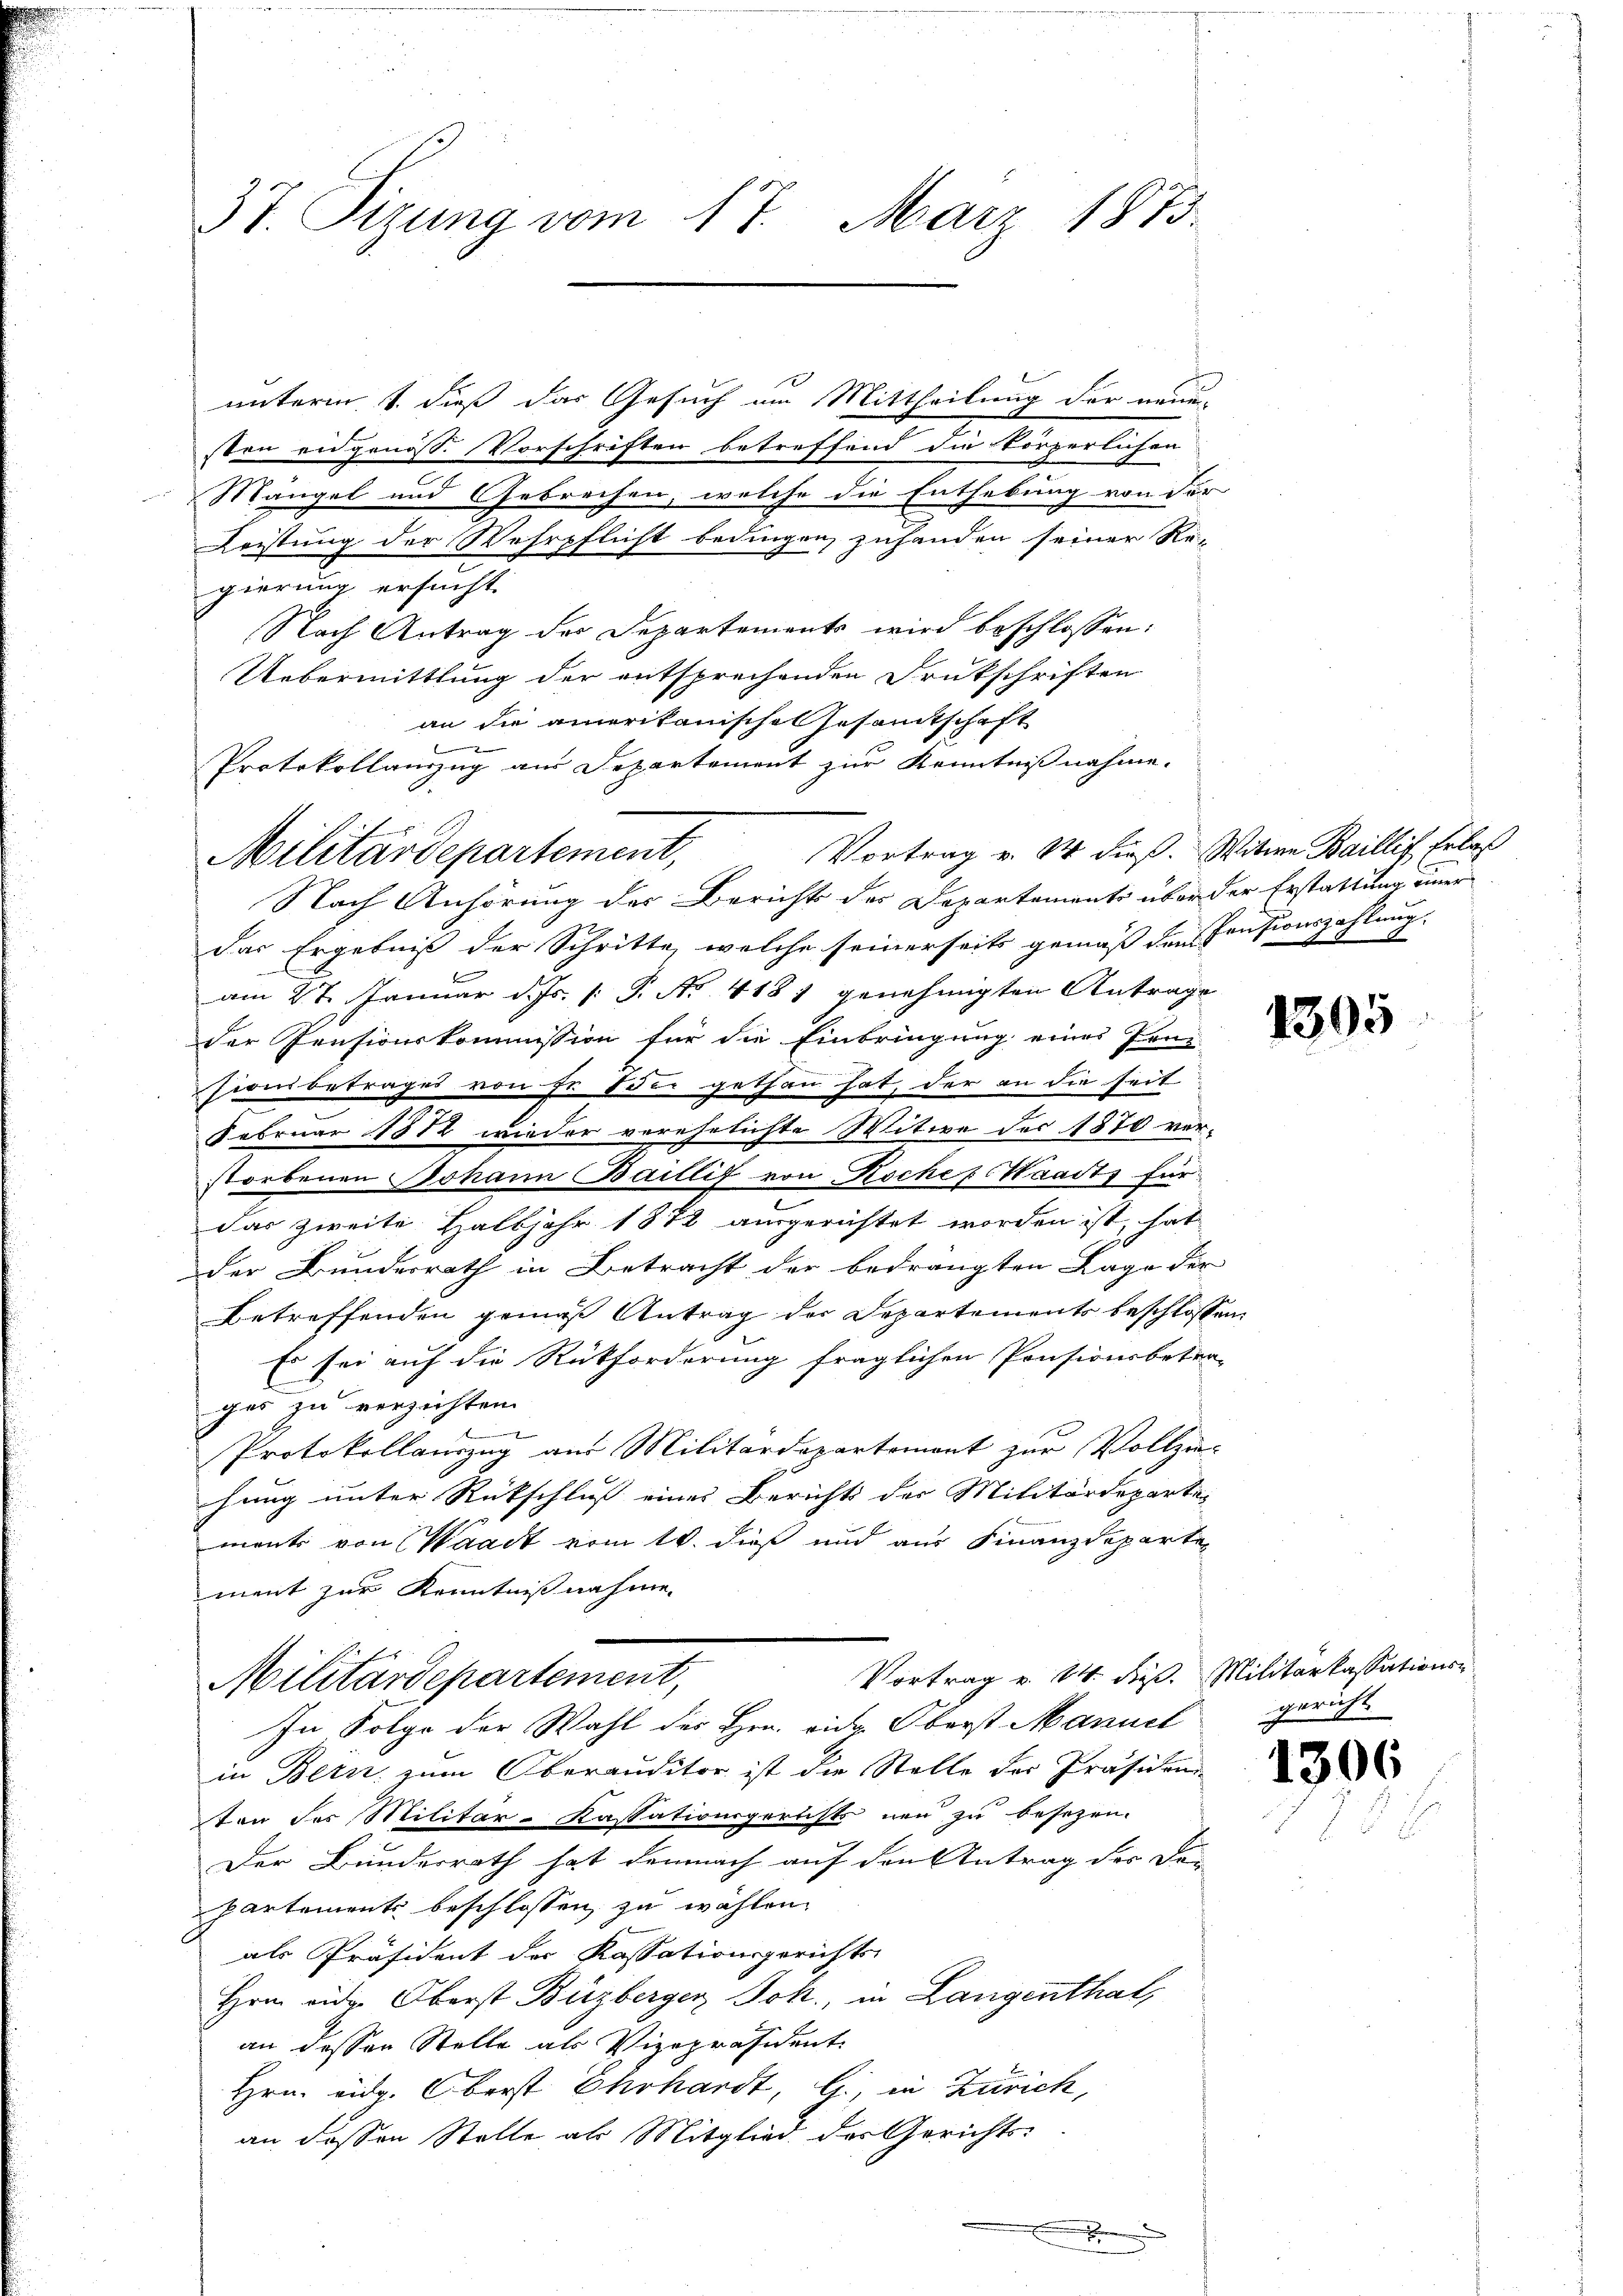
37. Sizung vom 17. März 1873.

Militärdepartement,

unterm 1. dieß das Gesuch am Mittheilung der neue-
sten eidgenoss. Vorschriften betreffend die körperlichen
Mängel und Gebrechen, welche die Enthebung von der
Leistung der Wehrpflicht bedingen, zuhanden seiner Re-
gierung ersucht.
Nach Antrag der Departements wird beschlossen:
Uebermittlung der entsprechenden Drukschriften
an die amerikanischen Gesamtschaft
Protokollauszug am Departement zur Kenntnißnahme.
Nach Anhörung des Berichts des Departements über der Erstattung einer
Das Ergebniß der Schritte, welche seinerseits gemäß den Präsionszahlung
am 27. Januar d. Js. [: P. Nr. 4181 genehmigten Antrage
der Pensionskommission für die Einbringung eines Pen-
Fienbetrage von je die gethan hat, der an die seit
Februar 1812 wieder verehelichte Witwe des 1870 ver-
storbenen Johann Baillif von Rocher Waadts für
das zweite Halbjahr 1872 ausgerichtet worden ist, hat
der Bundesrath in Betracht der bedrängten Lage der
Betreffenden gemäß Antrag der Departements beschlossen
Es sei auf die Rückforderung fraglichen Pensionsbetre-
l
ges zu verzichten.
1
Protokollauszug aus Militärdepartemont zur Vollzu-
hung unter Rückschluß eines Berichts der Militärdeparte-
ments von Waadt vom 10. dieß und aus Finanzdepartement zur Kenntnißnahme.
Vortrag v. 14. dieß. Militarkassations¬
Militärdepartement,
In Folge der Wahl des Hrn. eidg. Oberst Mannet
in Bern zum Oberauditor ist die Stelle der Präsiden
ten des Militar-Kassationsgerichts neu zu besezen.
Der Bundesrath hat demnach auf den Antrag des der
Partements beschlossen zu wählen.
als Präsident der Kassationsgerichts-
Hrnn vide Oberst Büzberger Joh., in Langenthal,
an dessen Stelle als Vizepräsident
Hrn. Eidg. Oberst Ehrhardt, G., in Zürich,
an dessen Stelle als Mitglied der Gerichts-

Vortrag v. 14 dieß. Witwe Baillig Erlaß
.

1305

gericht.

1306